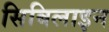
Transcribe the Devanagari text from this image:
सिबिलाइन